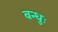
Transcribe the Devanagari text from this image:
बन्धुः